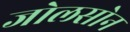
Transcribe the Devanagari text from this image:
जोलसोन